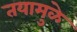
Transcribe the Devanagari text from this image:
तयामुळे